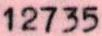
12735